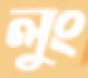
লুং